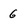
Character: G